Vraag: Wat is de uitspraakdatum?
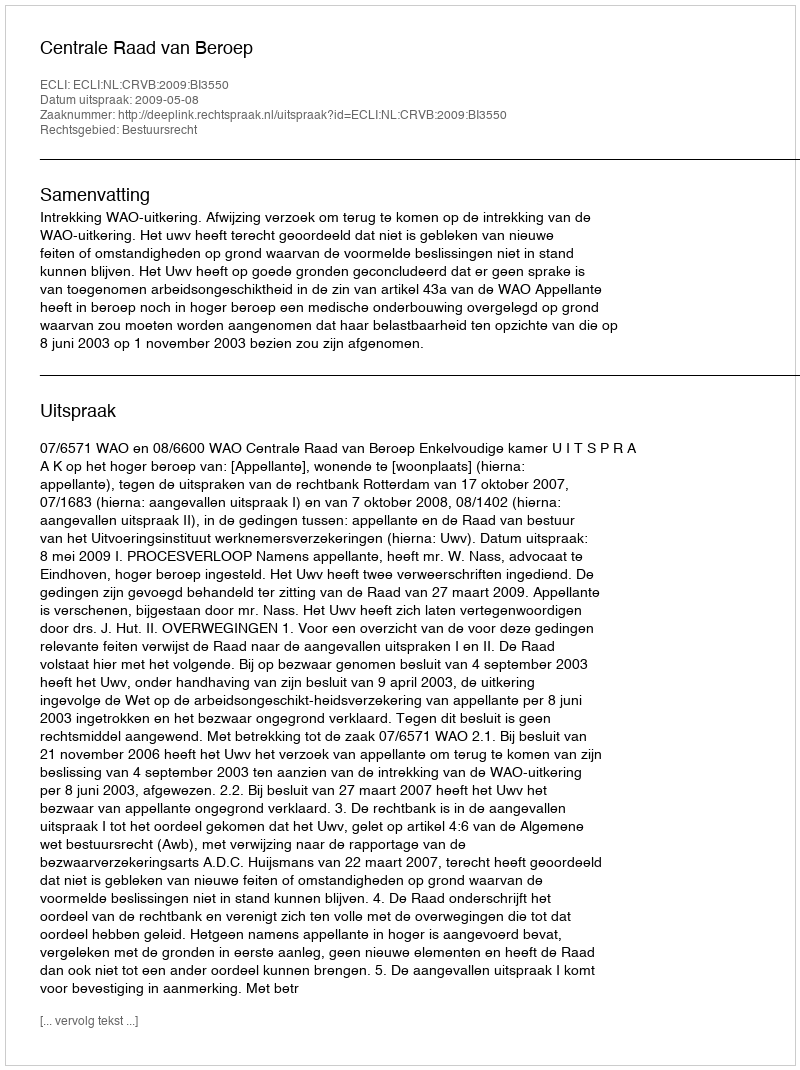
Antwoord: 2009-05-08